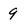
Character: 9